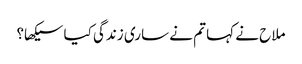
ملاح نے کہا تم نے ساری زندگی کیا سیکھا؟